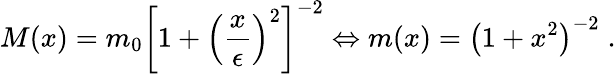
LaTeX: M(x)=m_{0}\left[1+{\left(\frac{x}{\epsilon}\right)}^{2}\right]^{-2}\Leftrightarrow m(x)=\left(1+x^{2}\right)^{-2}\; .